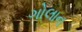
ગોલાન